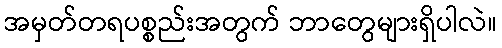
အမှတ်တရပစ္စည်းအတွက် ဘာတွေများရှိပါလဲ။